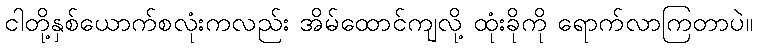
ငါတို့နှစ်ယောက်စလုံးကလည်း အိမ်ထောင်ကျလို့ ထုံးခိုကို ရောက်လာကြတာပဲ။